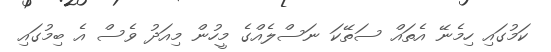
ކަމުގައި ހިމެނޭ އެތައް ސަތޭކަ ނަސްލެއްގެ މީހުން މިއަދު ވެސް އެ ބިމުގައި